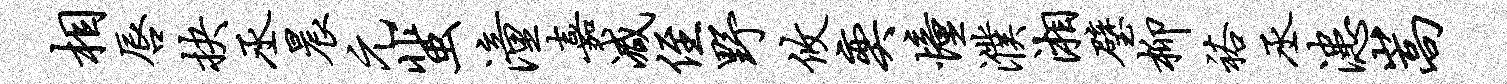
相唇抉丞晨元蜚潼嘉减侄野攸奕憧濮湘璧柳裕丞漶嵩